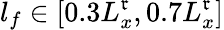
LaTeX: l_{f}\in[0.3L_{x}^{\mathfrak{r}},0.7L_{x}^{\mathfrak{r}}]